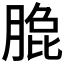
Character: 𰮼